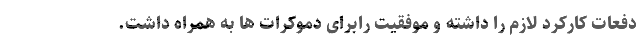
دفعات کارکرد لازم را داشته و موفقیت رابرای دموکرات ها به همراه داشت.